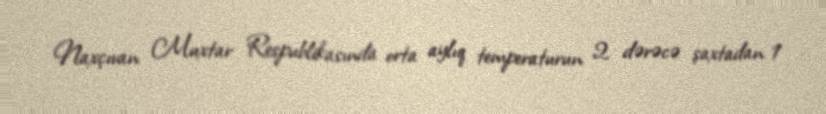
Naxçıvan Muxtar Respublikasında orta aylıq temperaturun 2 dərəcə şaxtadan 1